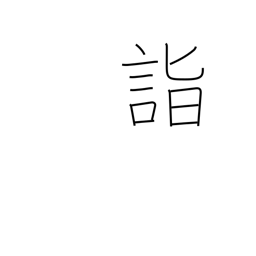
Meaning: attain